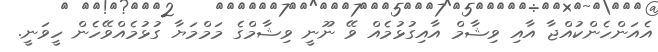
އެއަންހެންކުއްޖާ އާއި ވިޝާމް އާއިގުޅުމެއް ވޭ ނޫނީ ވިޝާމްގެ މަމްމަޔާ ގުޅުމެއްވޭހެން ހީވަނީ.